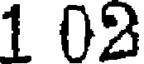
1 02